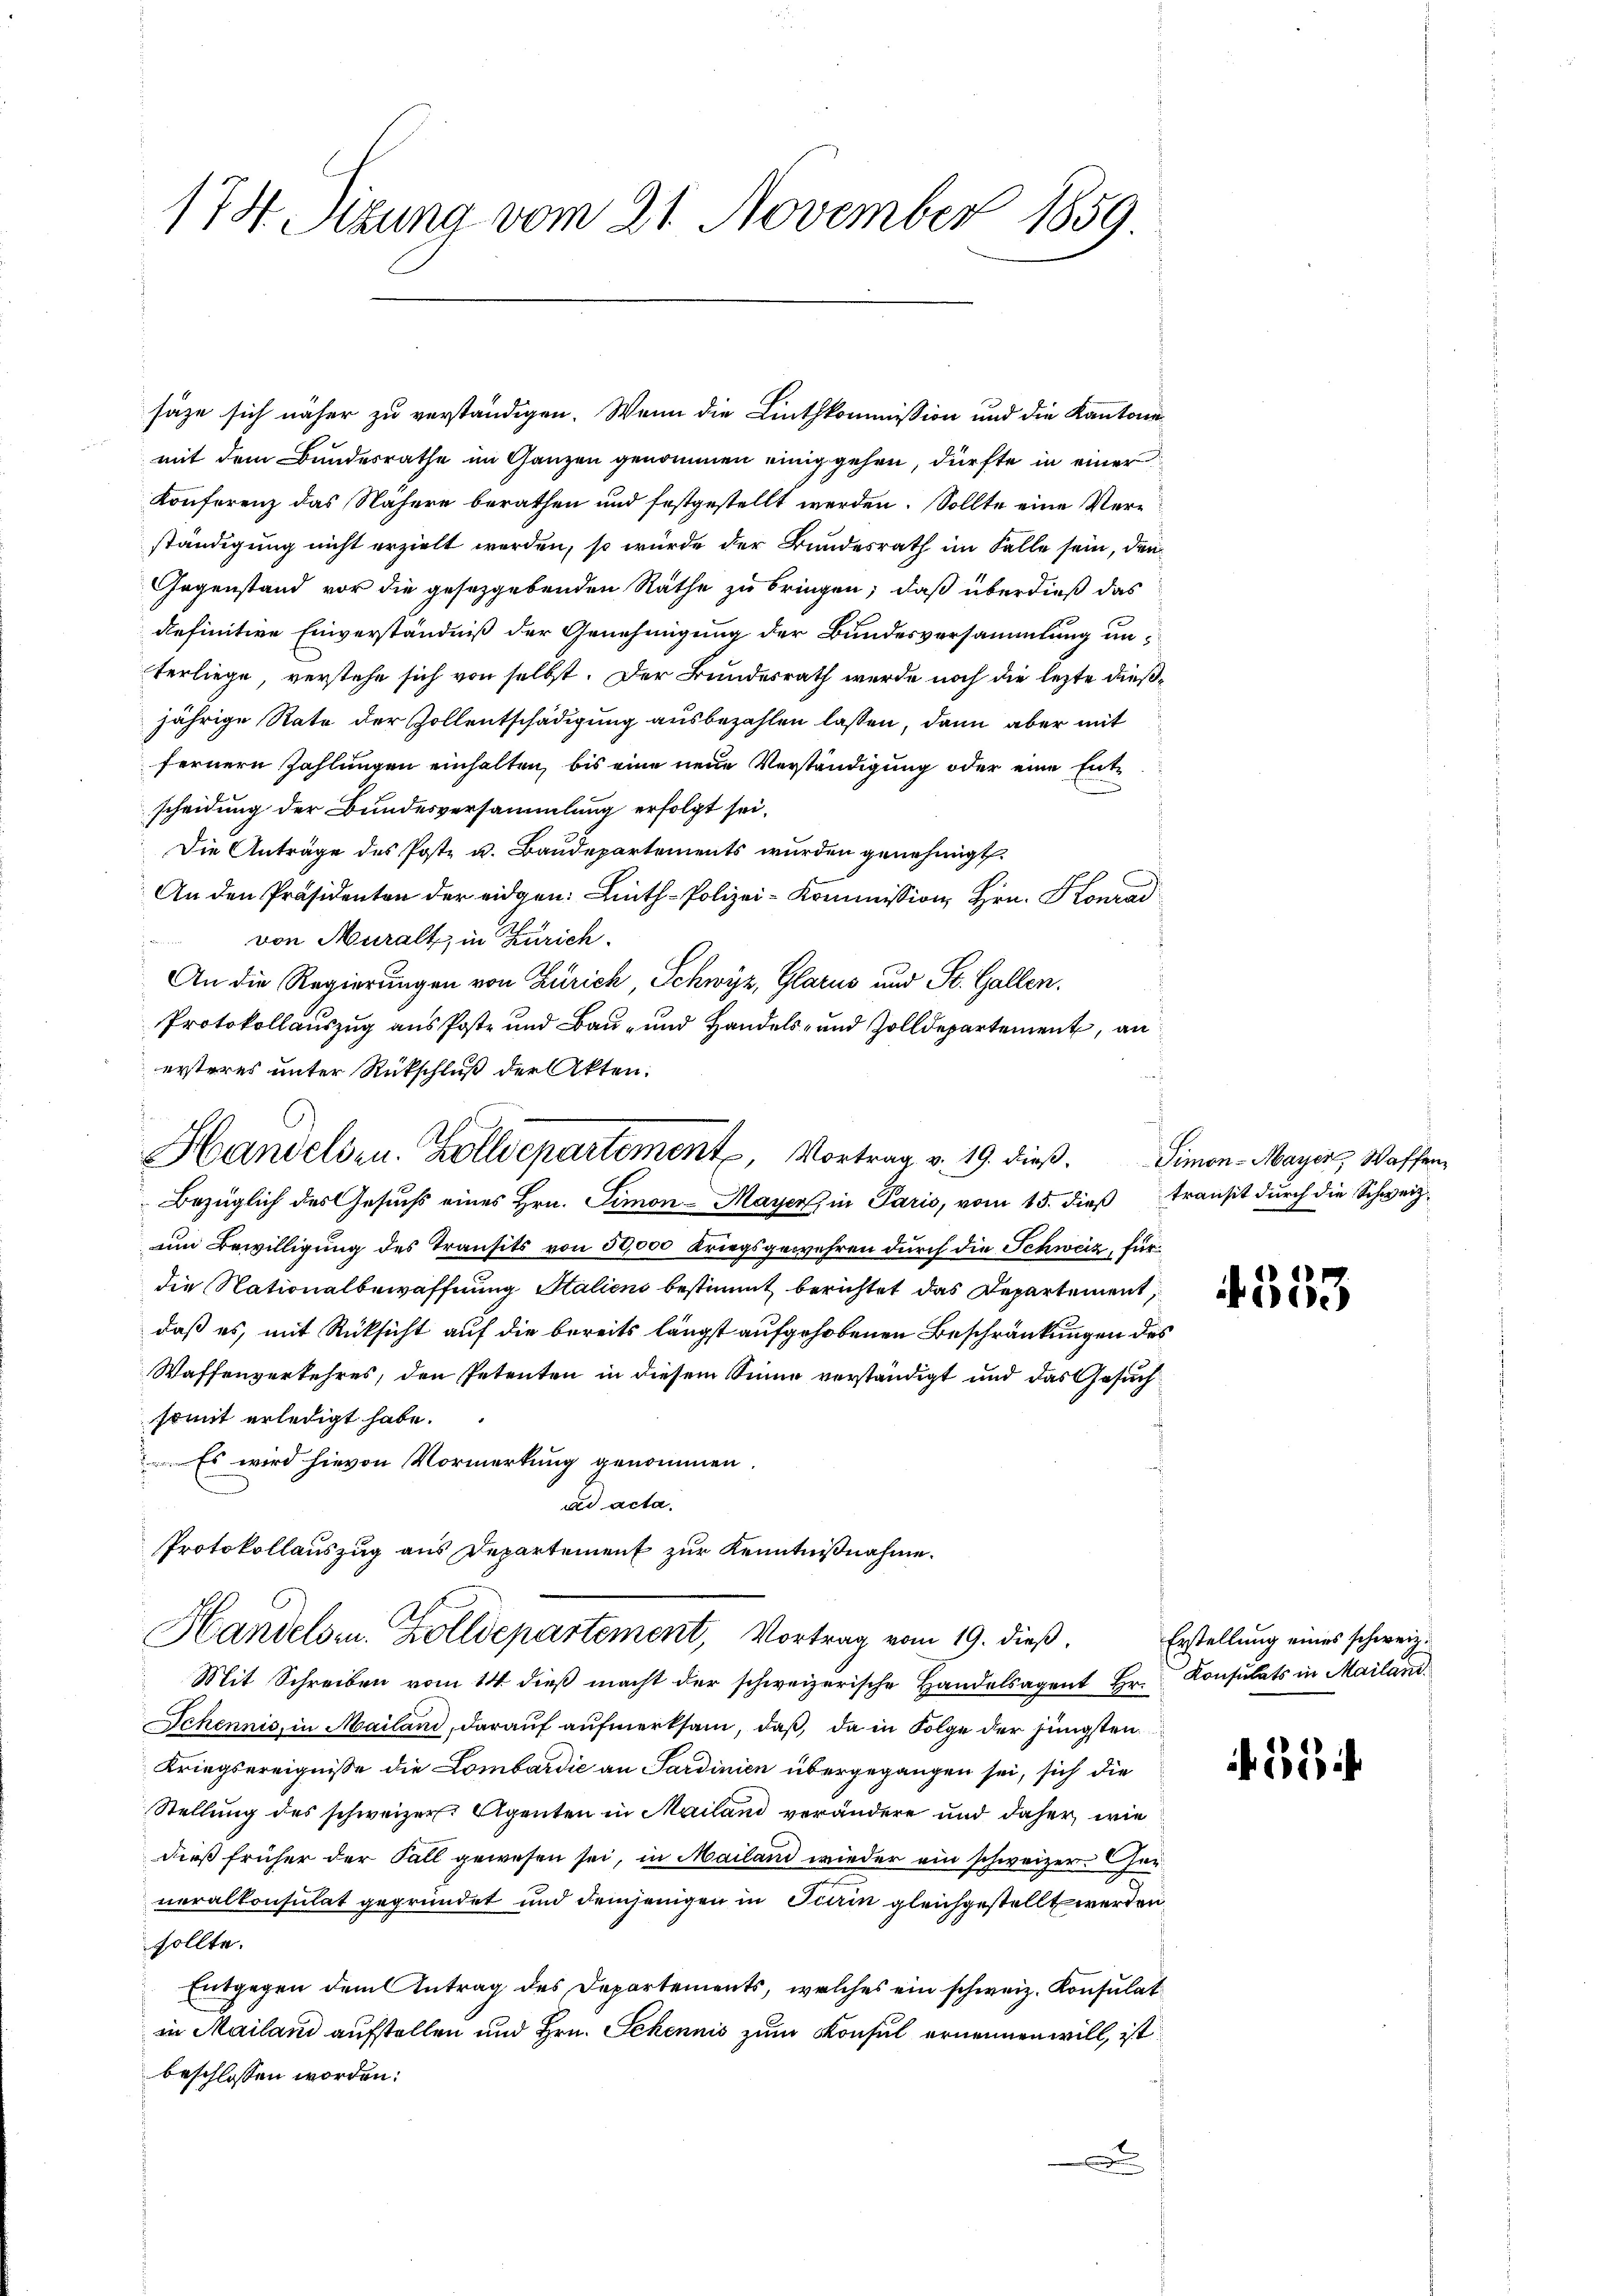
174. Sitzung vom 21. November 1859.

mit dem Bundesrathe im Ganzen genommen einig gehen, dürfte in einer
Konferenz das Nähere berathen und festgestellt werden. Sollte eine Verständigung nicht erzielt werden, so wurde der Bundesrath im Falle sein, den
Gegenstand vor die gesetzgebenden Räthe zu bringen; daß überdieß das
definitive Einverständniß der Genehmigung der Bundesversammlung unterliege, verstehe sich von selbst. Der Bundesrath werde noch die lezte dießjährige Rate der Zollentschädigung ausbezahlen lassen, dann aber mit
fernern Zahlungen einhalten, bis eine neue Verständigung oder eine Entscheidung der Bundesversammlung erfolgt sei,
Die Anträge des Poste u. Baudepartements wurden genehmigt.
An den Präsidenten der eidgen: Linth-Polizei-Kommission Hrn. Konrad
von Muralt, in Zürich.
An die Regierungen von Zürich, Schwyz, Glarus und St. Gallen.
Protokollauszug aus Poste und Bau- und Handels- und Zolldepartement, an
ersteres unter Rückschluß der Akten.
Bezüglich des Gesuchs eines Hrn. Simon-Mayer, in Paris, vom 15. dieß transit durch die Schweizum Bewilligung des Transits von 50000 Kriegsgewehren durch die Schweiz, für
die Nationalbewaffnung Staliens bestimmt berichtet das Departement,
daß es, mit Rücksicht auf die bereits längst aufgehobenen Beschränkungen des
Waffenverkehres, den Petenten in diesem Sinne verständigt und das Gesuch
somit erledigt habe.
 Es wird hievon Vormerkung genommen
ad acta.
Protokollauszug aus Departement zur Kenntnißnahme.
Handelsr. Zolldepartement, Vortrag vom 19. dieß.
Mit Schreiben vom 14. dieß macht der schweizerische Handelsagent Hr. Konsulats in Mailand
Schennis, in Mailand, darauf aufmerksam, daß, da in Folge der jüngsten
Kriegsereignisse die Lombardić an Sardinien übergegangen sei, sich die
Stellung des schweizer Agenten in Mailand verändere und daher, wie
dieß früher der Fall gewesen sei, in Mailand wieder ein schweizer Char
neralkonsulat gegründet und demjenigen in Schin gleichgestellt werden
sollte.
Entgegen dem Antrag des Departements, welches ein schweiz. Konsulat
in Mailand aufstellen und Hrn. Schennis zum Konsul ernennen will, ist
beschlossen worden:

säze sich näher zu verständigen. Wenn die Linthkommission und die Kantone

Handelsen. Zolldepartement, Vortrag v. 19. dieß. Simon Mayer, Waffen¬

1353

Erstellung eines schweiz.

5